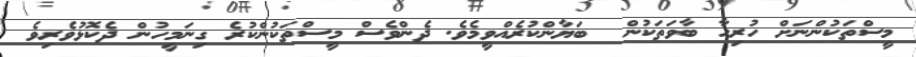
މީސްތަކުންނަށް ހުރިހާ ބާވަތަކުން  ބަޔާންކުރެއްވީމެވެ. ދެންވެސް މީސްތަކުންކުރެ ގިނަމީހުން ދެކޮޅުވެރިވެ